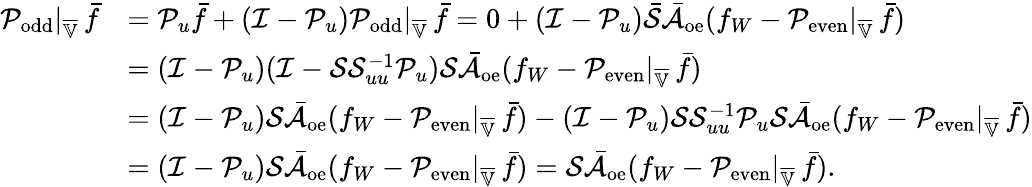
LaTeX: \begin{array}{rl}{\mathcal{P}_{\mathrm{odd}}|_{\overline{{\mathbb{V}}}}\, \bar{f}}&{=\mathcal{P}_{u}\bar{f}+(\mathcal{I}-\mathcal{P}_{u})\mathcal{P}_{\mathrm{odd}}|_{\overline{{\mathbb{V}}}}\, \bar{f}=0+(\mathcal{I}-\mathcal{P}_{u})\bar{\mathcal{S}}\bar{\mathcal{A}}_{\mathrm{oe}}(f_{W}-\mathcal{P}_{\mathrm{even}}|_{\overline{{\mathbb{V}}}}\, \bar{f})}\\ &{=(\mathcal{I}-\mathcal{P}_{u})(\mathcal{I}-\mathcal{S}\mathcal{S}_{uu}^{-1}\mathcal{P}_{u})\mathcal{S}\bar{\mathcal{A}}_{\mathrm{oe}}(f_{W}-\mathcal{P}_{\mathrm{even}}|_{\overline{{\mathbb{V}}}}\, \bar{f})}\\ &{=(\mathcal{I}-\mathcal{P}_{u})\mathcal{S}\bar{\mathcal{A}}_{\mathrm{oe}}(f_{W}-\mathcal{P}_{\mathrm{even}}|_{\overline{{\mathbb{V}}}}\, \bar{f})-(\mathcal{I}-\mathcal{P}_{u})\mathcal{S}\mathcal{S}_{uu}^{-1}\mathcal{P}_{u}\mathcal{S}\bar{\mathcal{A}}_{\mathrm{oe}}(f_{W}-\mathcal{P}_{\mathrm{even}}|_{\overline{{\mathbb{V}}}}\, \bar{f})}\\ &{=(\mathcal{I}-\mathcal{P}_{u})\mathcal{S}\bar{\mathcal{A}}_{\mathrm{oe}}(f_{W}-\mathcal{P}_{\mathrm{even}}|_{\overline{{\mathbb{V}}}}\, \bar{f})=\mathcal{S}\bar{\mathcal{A}}_{\mathrm{oe}}(f_{W}-\mathcal{P}_{\mathrm{even}}|_{\overline{{\mathbb{V}}}}\, \bar{f}).}\end{array}